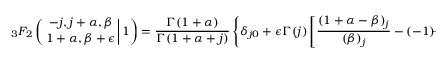
{ _ 3 F _ { 2 } } \left( \left. { - j , j + \alpha , \beta \atop 1 + \alpha , \beta + \epsilon } \right| 1 \right) = \frac { \Gamma ( 1 + \alpha ) } { \Gamma ( 1 + \alpha + j ) } \left\{ \delta _ { j 0 } + \epsilon \Gamma ( j ) \left[ \frac { ( 1 + \alpha - \beta ) _ { j } } { ( \beta ) _ { j } } - ( - 1 ) ^ { j } \right] \right\} + { \cal O } ( \epsilon ^ { 2 } ) ,